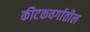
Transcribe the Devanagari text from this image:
कीटकवर्गातील